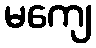
မကျေ